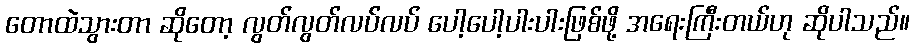
တောထဲသွားတာ ဆိုတော့ လွတ်လွတ်လပ်လပ် ပေါ့ပေါ့ပါးပါးဖြစ်ဖို့ အရေးကြီးတယ်ဟု ဆိုပါသည်။